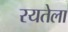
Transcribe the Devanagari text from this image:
रयतेला